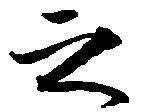
之